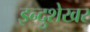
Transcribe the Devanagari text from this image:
इन्दुशेखर